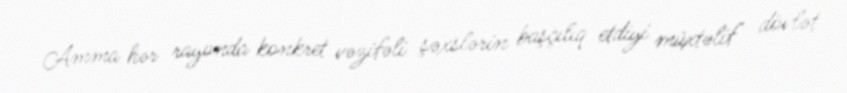
Amma hər rayonda konkret vəzifəli şəxslərin başçılıq etdiyi müxtəlif dövlət